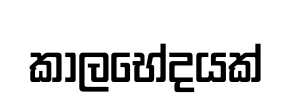
කාලභේදයක්